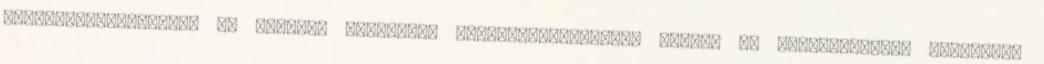
Hódmezővásárhelyen. „A Kossuth Zsuzsanna Szakközépiskolában nagyon jó szakembereket termeltek